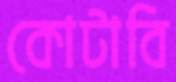
কোটাবি